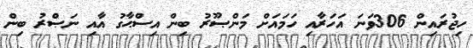
ހިޖުރައިން 306ވަނަ އަހަރާއި ހަމައަށް މަންޞޫރު ބިން އިސްޙާގު އާއި ނަޞްރު ބިން